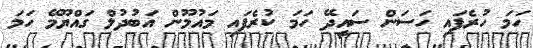
ހަމަ ހުރެފައި ހަސަން ސައީދޭ ހަމަ ކުރެފައި މައުމޫން އަބުދުލް ގައްޔޫމޭ ހަމަ